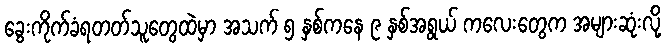
ခွေးကိုက်ခံရတတ်သူတွေထဲမှာ အသက် ၅ နှစ်ကနေ ၉ နှစ်အရွယ် ကလေးတွေက အများဆုံးလို့